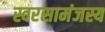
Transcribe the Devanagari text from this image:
स्वरसामंजस्य